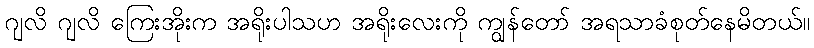
ဂျလိ ဂျလိ ကြေးအိုးက အရိုးပါသဟ အရိုးလေးကို ကျွန်တော် အရသာခံစုတ်နေမိတယ်။